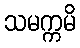
သမက္ကမိ